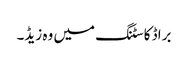
براڈ کاسٹنگ میں وہ زیڈ۔